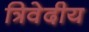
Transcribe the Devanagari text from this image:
त्रिवेदीय